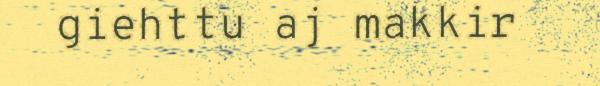
giehttu aj makkir